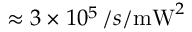
\approx 3 \times 1 0 ^ { 5 } \, / s / \mathrm { m W } ^ { 2 }